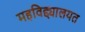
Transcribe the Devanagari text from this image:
महविद्द्यालयत